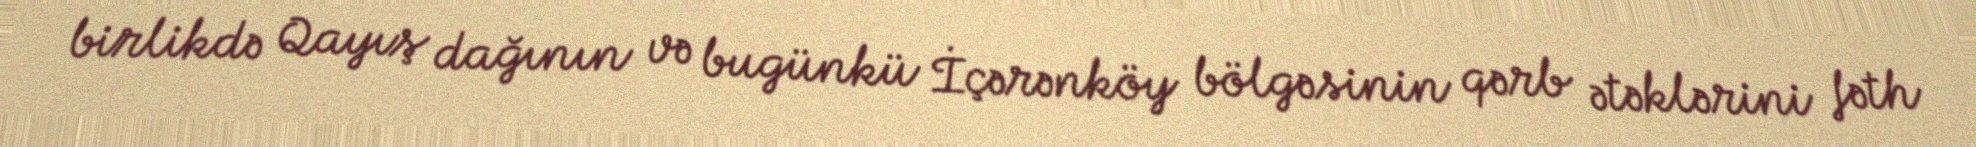
birlikdə Qayış dağının və bugünkü İçərənköy bölgəsinin qərb ətəklərini fəth